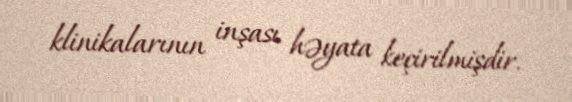
klinikalarının inşası həyata keçirilmişdir.